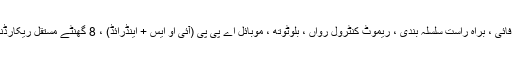
3 جی ، 4 جی ، وائی فائی ، براہ راست سلسلہ بندی ، ریموٹ کنٹرول رواں ، بلوٹوتھ ، موبائل اے پی پی (آئی او ایس + اینڈرائڈ) ، 8 گھنٹے مستقل ریکارڈنگ ، ٹچ سلائڈ کنٹرول۔